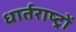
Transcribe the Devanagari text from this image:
धार्तराष्ट्रों